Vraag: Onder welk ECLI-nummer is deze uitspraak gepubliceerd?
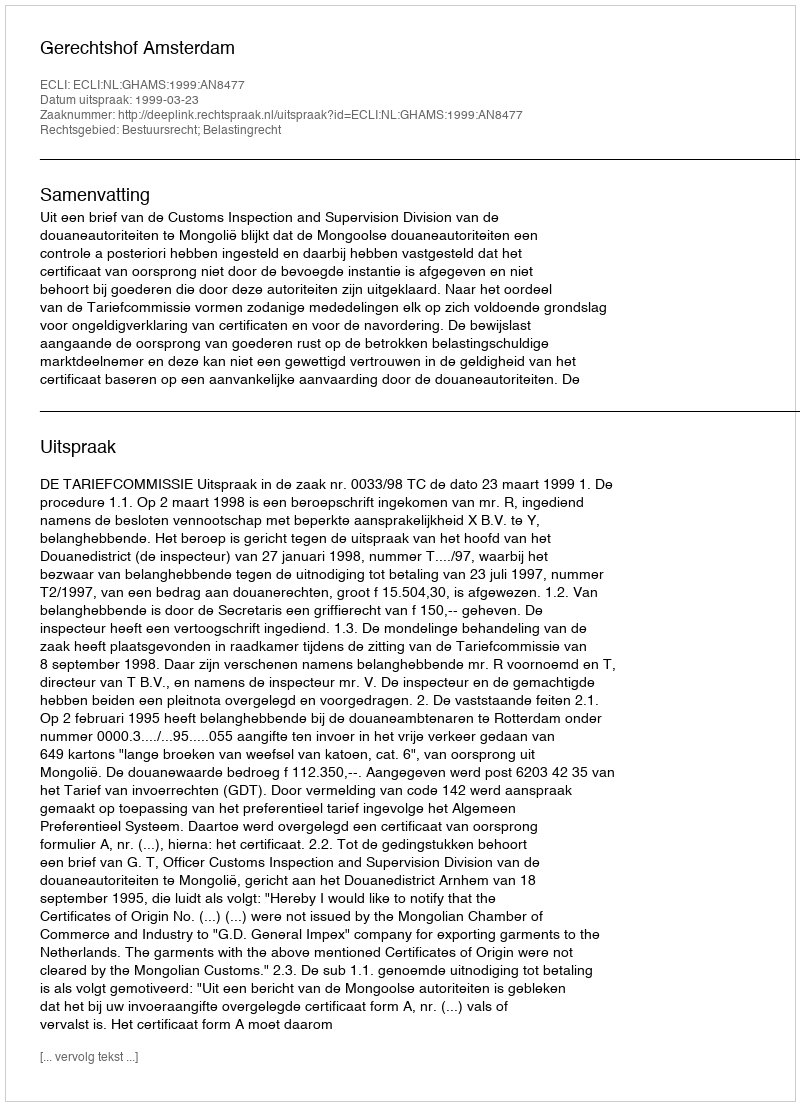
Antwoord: ECLI:NL:GHAMS:1999:AN8477